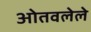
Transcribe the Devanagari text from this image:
ओतवलेले